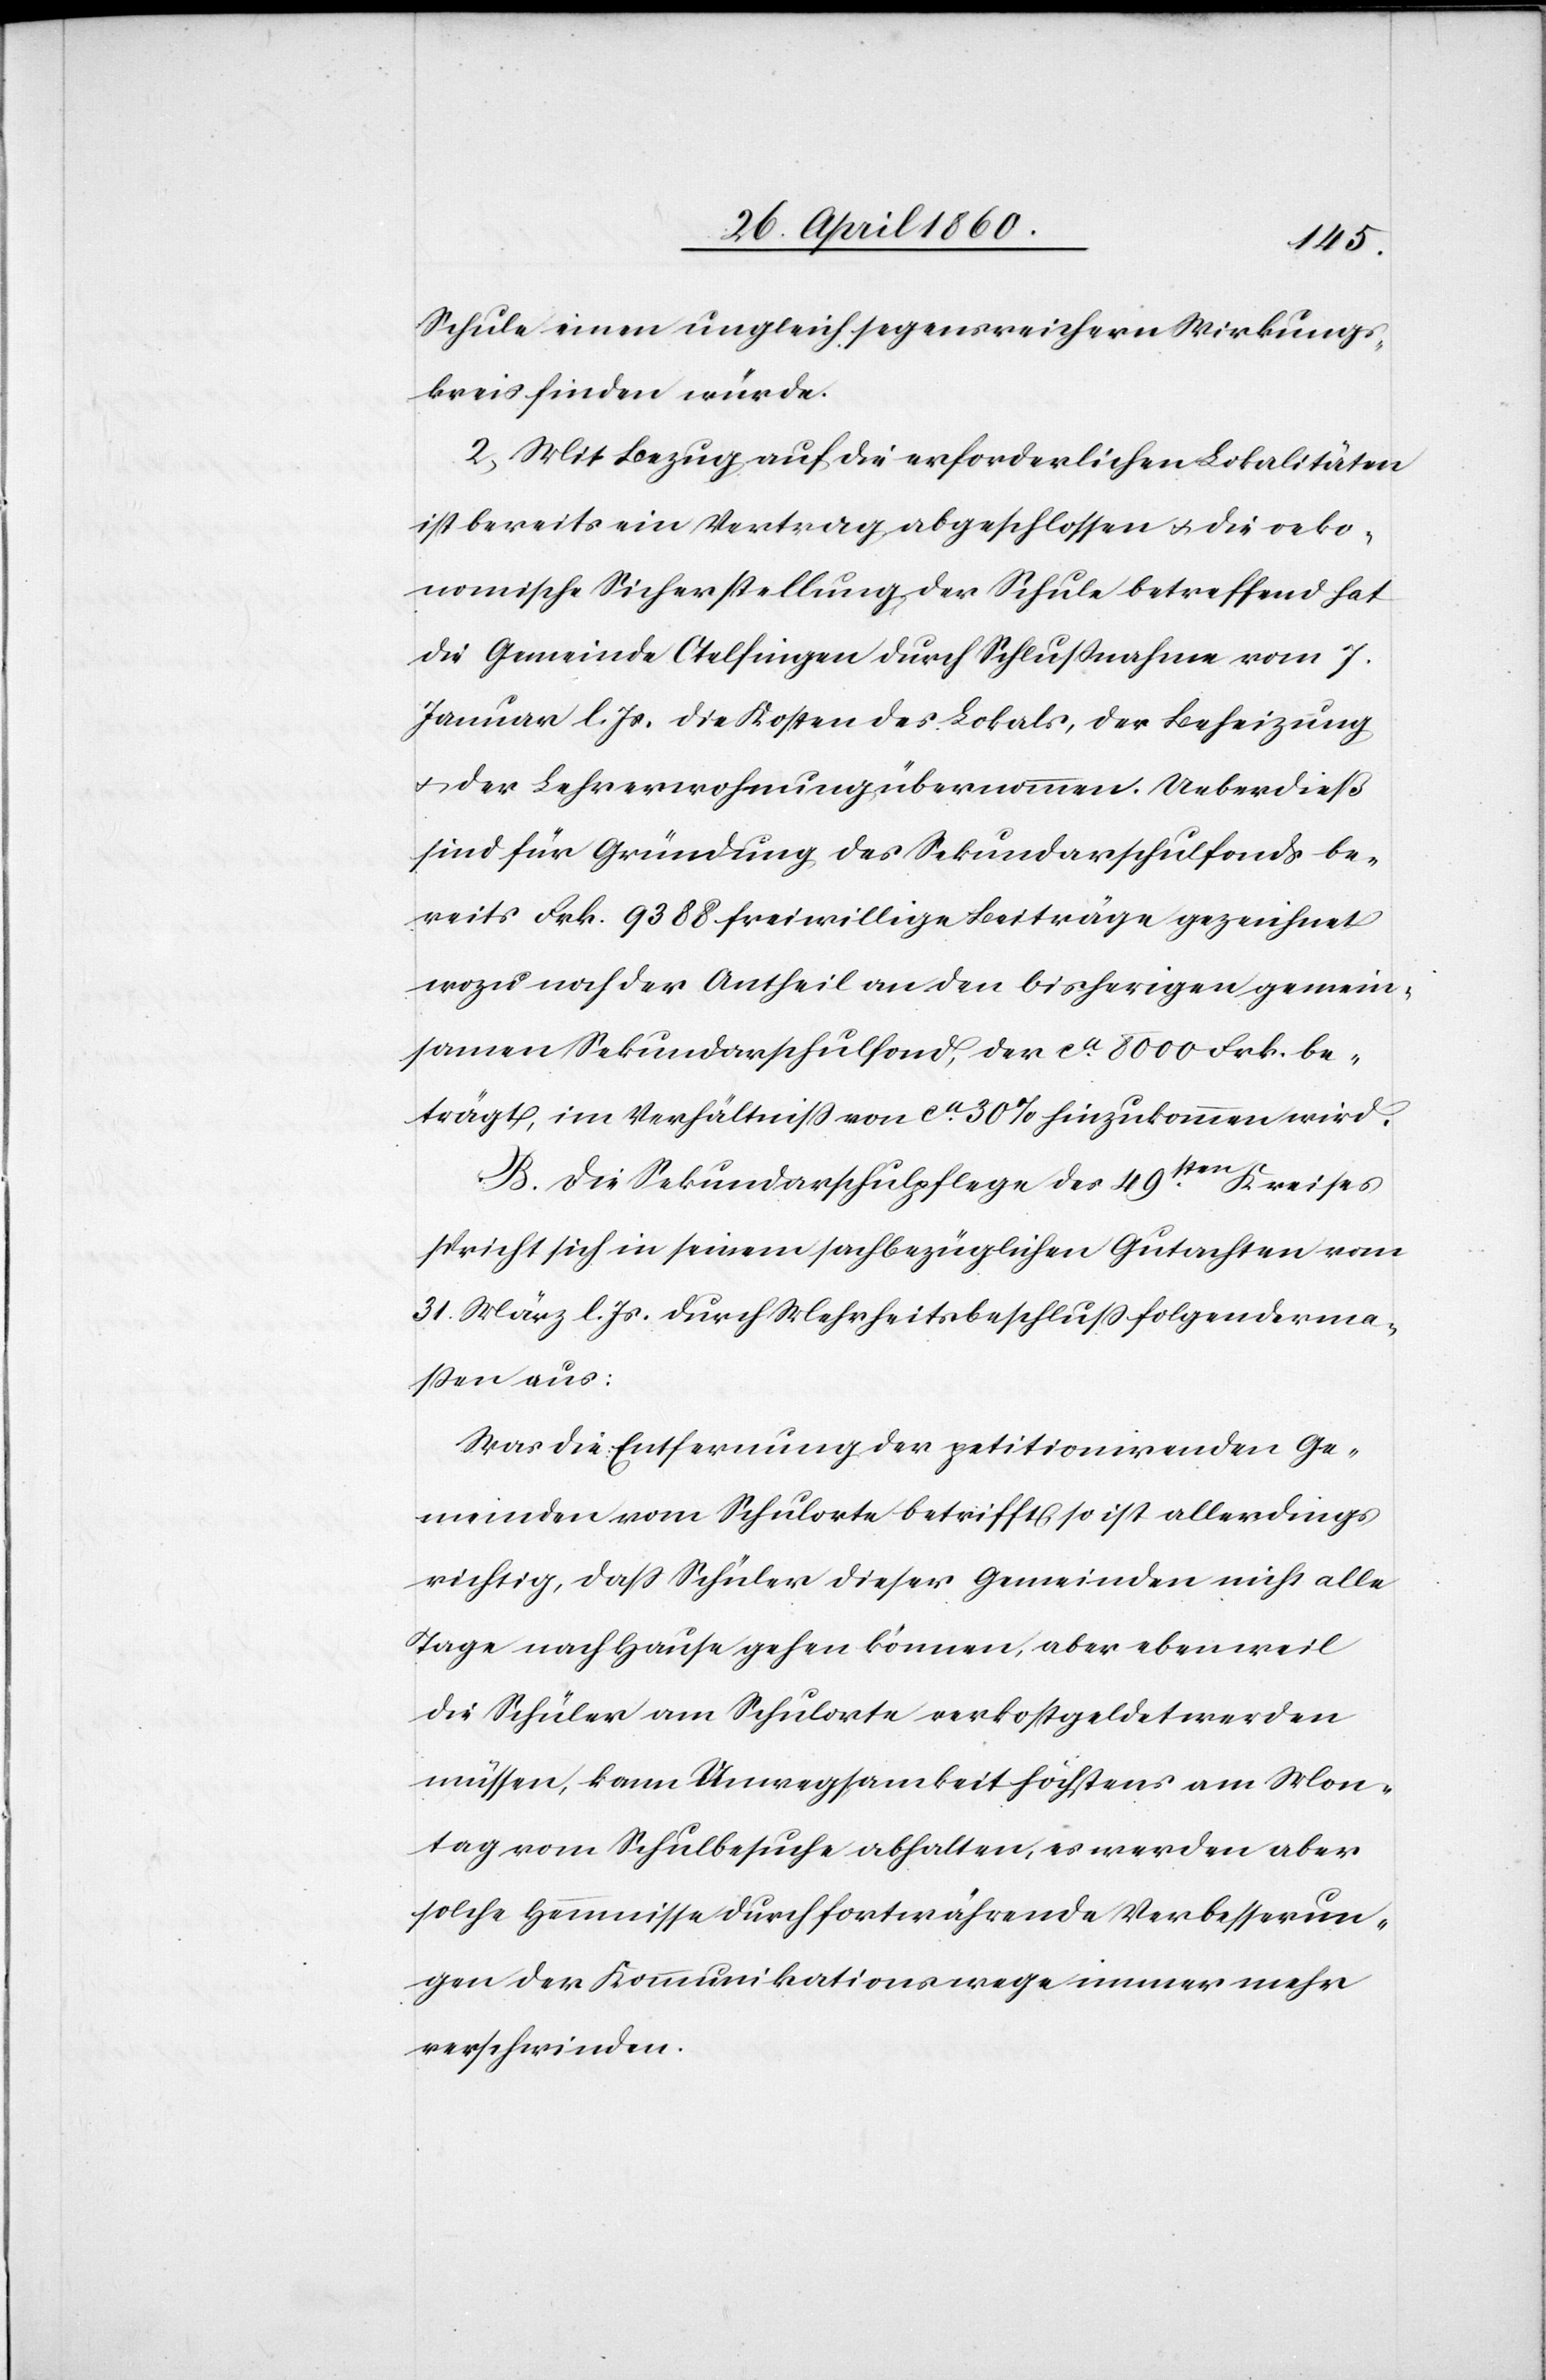
Schule einen ungeldlich segensreichern Wirkungs¬
kreis finden würde.
2, Mit Bezug auf die erforderlichen Lokalitäten
ist bereits ein Vertrag abgeschlossen u. die oeko¬
nomische Sicherstellung der Schule betreffend hat
die Gemeinde Otelfingen durch Schlussnahme vom 7.
Januar l. Js. die Kosten des Lokals, der Beheizung
u. der Lehrerwohnung übernommen. Ueberdieß
sind für Gründung des Sekundarschulfonds be¬
reits Frk. 9388 freiwillige Beiträge gezeichnet
wozu noch der Antheil an den bisherigen gemein¬
samen Sekundarschulfond, der ca 8000 Frk. be¬
trägt, im Verhältniss von ca 30% hinzukommen wird.
B. Die Sekundarschulpflege des 49sten Kreises
spricht sich in seinem sachbezüglichen Gutachten vom
31. März l. Js. durch Mehrheitsbeschluss folgenderma¬
ssen aus:
Was die Entfernung der petitionirenden Ge¬
meinden vom Schulorte betrifft, so ist allerdings
richtig, dass Schüler dieser Gemeinden nicht alle
Tage nach Hause gehen können, aber eben weil
die Schüler am Schulorte verkostgeldet werden
müssen, kann Unwegsamkeit höchstens am Mon¬
tag vom Schulbesuche abhalten, es werden aber
solche Hemmnisse durch fortwährende Verbesserun¬
gen der Kommunikationswege immer mehr
verschwinden.